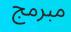
مبرمج